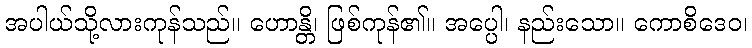
အပါယ်သို့လားကုန်သည်။ ဟောန္တိ၊ ဖြစ်ကုန်၏။ အပ္ပေါ၊ နည်းသော။ ကောစိဒေဝ၊